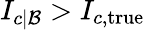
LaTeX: I_{c|\mathcal{B}}>I_{c,\mathrm{true}}